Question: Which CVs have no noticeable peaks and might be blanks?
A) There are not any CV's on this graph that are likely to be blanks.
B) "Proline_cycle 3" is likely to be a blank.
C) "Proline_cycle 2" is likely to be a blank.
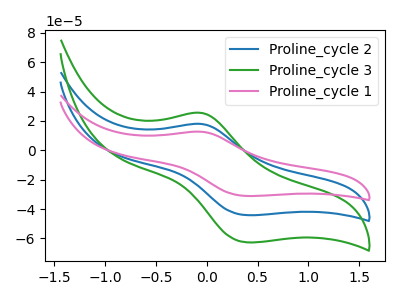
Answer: <think>The blue curve "Proline_cycle 2" has an anodic peak at (-0.05V, 17.90uA) and a cathodic peak at (0.40V, -44.15uA). The green curve "Proline_cycle 3" has an anodic peak at (-0.05V, 35.80uA) and a cathodic peak at (0.40V, -88.30uA). The pink curve "Proline_cycle 1" has an anodic peak at (-0.05V, 12.60uA) and a cathodic peak at (0.40V, -31.10uA).</think>
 <answer>A) There are not any CV's on this graph that are likely to be blanks.</answer>
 <eval>A</eval>